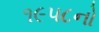
૧૯૫૮નો